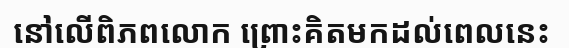
នៅលើពិភពលោក ព្រោះគិតមកដល់ពេលនេះ